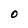
Character: O